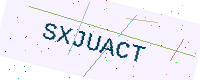
Text: SXJUACT